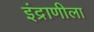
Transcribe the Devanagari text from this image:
इंद्राणीला